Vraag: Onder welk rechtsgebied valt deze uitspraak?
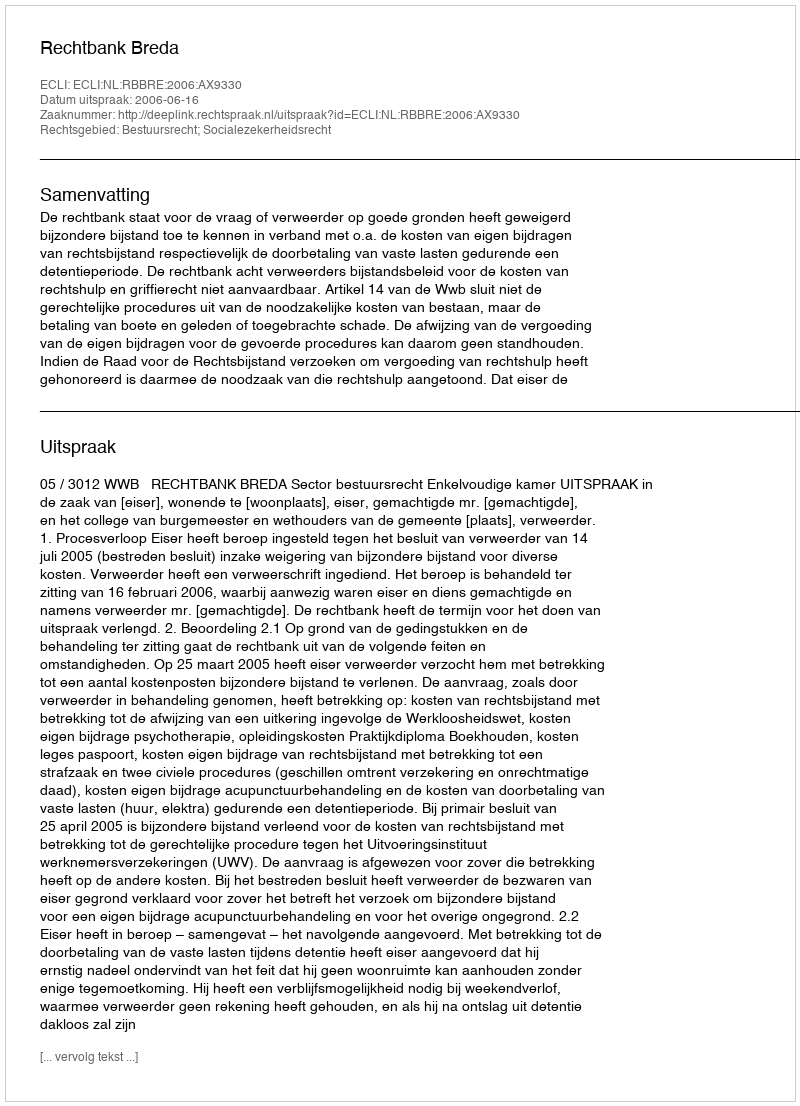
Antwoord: Bestuursrecht; Socialezekerheidsrecht